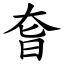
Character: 㚛